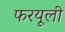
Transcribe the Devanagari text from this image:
फरयूली